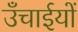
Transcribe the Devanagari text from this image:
उँचाईयों